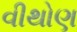
વીથોણ